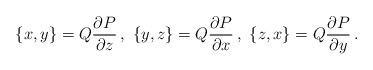
LaTeX: \begin{align*} \{x,y\} = Q\frac{\partial P}{\partial z}\,,\ \{y,z\} = Q\frac{\partial P}{\partial x}\,,\ \{z,x\} = Q \frac{\partial P}{\partial y}\,.\end{align*}